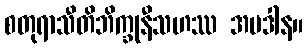
စတုရာသီတိဘိက္ခုနီသဟဿ အပဒါန။